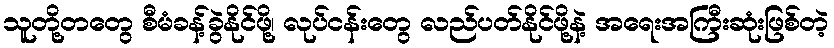
သူတို့တတွေ စီမံခန့်ခွဲနိုင်ဖို့၊ လုပ်ငန်းတွေ လည်ပတ်နိုင်ဖို့နဲ့ အရေးအကြီးဆုံးဖြစ်တဲ့